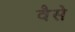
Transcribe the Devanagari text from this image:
वैेसे